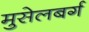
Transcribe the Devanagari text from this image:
मुसेलबर्ग